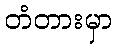
တံတားမှာ